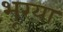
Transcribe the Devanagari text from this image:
भूरया